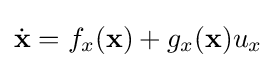
{\dot {\mathbf {x} }}=f_{x}(\mathbf {x} )+g_{x}(\mathbf {x} )u_{x}